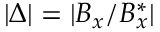
| \Delta | = | B _ { x } / B _ { x } ^ { * } |